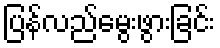
ပြန်လည်မွေးဖွားခြင်း